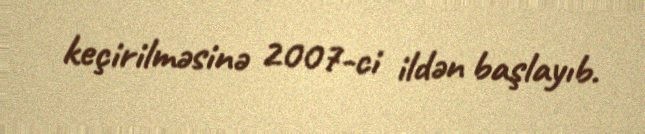
keçirilməsinə 2007-ci ildən başlayıb.